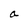
Character: a